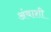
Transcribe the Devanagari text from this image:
अंबाशी